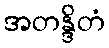
အတန္ဒိတံ